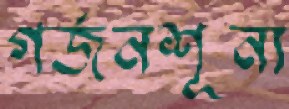
গর্জনশূন্য